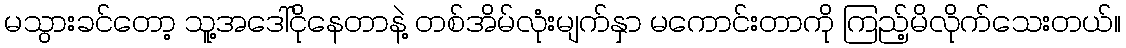
မသွားခင်တော့ သူ့အဒေါ်ငိုနေတာနဲ့ တစ်အိမ်လုံးမျက်နှာ မကောင်းတာကို ကြည့်မိလိုက်သေးတယ်။